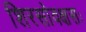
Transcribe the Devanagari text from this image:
शिरसोवक्षसः